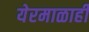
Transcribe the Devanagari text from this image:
येरमाळाही